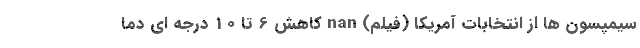
سیمپسون ها از انتخابات آمریکا (فیلم) nan کاهش 6 تا 10 درجه ای دما